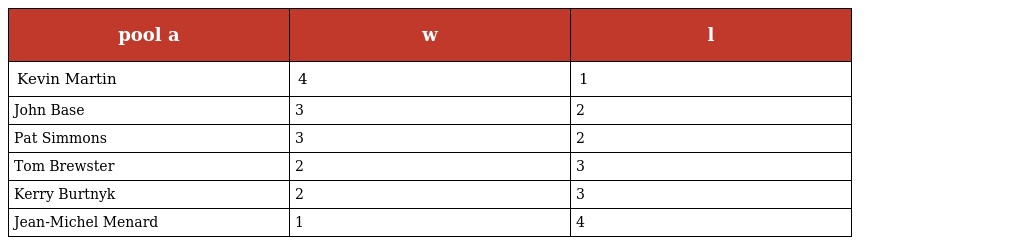
| pool a | w | l |
 | --- | --- | --- |
 | Kevin Martin | 4 | 1 |
 | John Base | 3 | 2 |
 | Pat Simmons | 3 | 2 |
 | Tom Brewster | 2 | 3 |
 | Kerry Burtnyk | 2 | 3 |
 | Jean-Michel Menard | 1 | 4 |